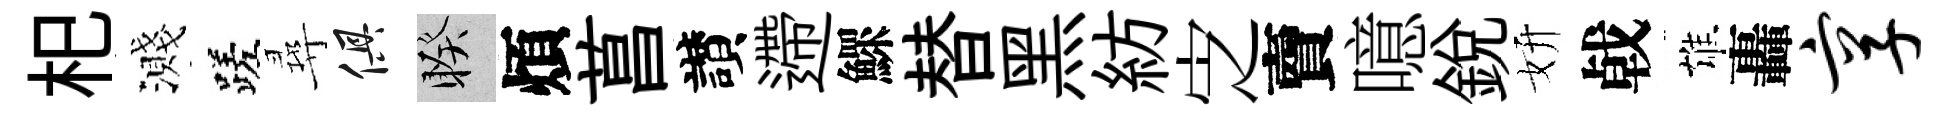
𣏌濺蹉尋俱睽煩菖讃遰鰥替黑紡㝎𧶠噫銳妍㦸雄轟享